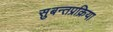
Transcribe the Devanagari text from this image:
सुबन्तप्रक्रिया